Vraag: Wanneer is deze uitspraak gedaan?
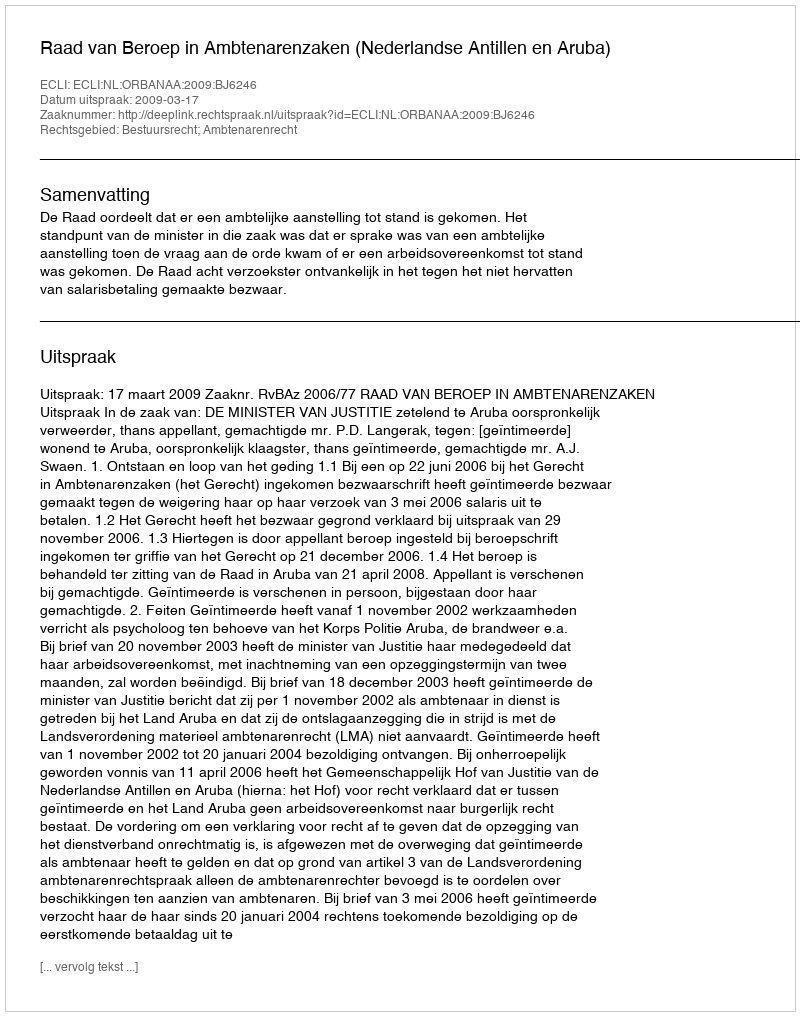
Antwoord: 2009-03-17